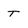
Character: t